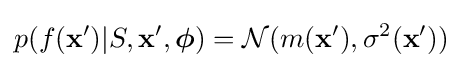
p(f(\mathbf {x} ')|S,\mathbf {x} ',{\boldsymbol {\phi }})={\mathcal {N}}(m(\mathbf {x} '),\sigma ^{2}(\mathbf {x} '))